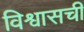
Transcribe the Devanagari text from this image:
विश्वासची